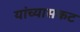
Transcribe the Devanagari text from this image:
यांच्यासकट